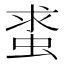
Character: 𧋛